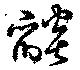
燄